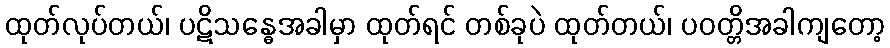
ထုတ်လုပ်တယ်၊ ပဋိသန္ဓေအခါမှာ ထုတ်ရင် တစ်ခုပဲ ထုတ်တယ်၊ ပဝတ္တိအခါကျတော့